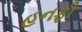
હનફી